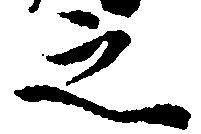
之